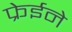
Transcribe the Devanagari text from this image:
फ्रेईने